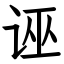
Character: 诬